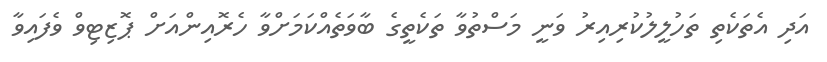
އަދި އެތަކެތި ތަހުލީލުކުރިއިރު ވަނީ މަސްތުވާ ތަކެތީގެ ބާވަތެއްކަމަށްވާ ހެރޮއިންއަށް ޕޮޒިޓިވް ވެފައިވާ